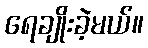
ရေချိုးခဲ့မယ်။